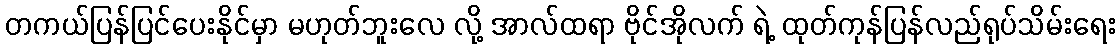
တကယ်ပြန်ပြင်ပေးနိုင်မှာ မဟုတ်ဘူးလေ လို့ အာလ်ထရာ ဗိုင်အိုလက် ရဲ့ ထုတ်ကုန်ပြန်လည်ရုပ်သိမ်းရေး